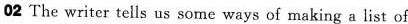
02 The writer tells us some ways of making a list of